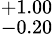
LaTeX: ^{+1.00}_{-0.20}